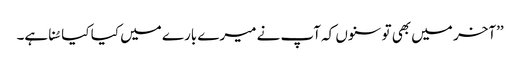
’’آخر میں بھی تو سنوں کہ آپ نے میرے بارے میں کیا کیا سُنا ہے۔